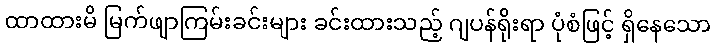
ထာထားမိ မြက်ဖျာကြမ်းခင်းများ ခင်းထားသည့် ဂျပန်ရိုးရာ ပုံစံဖြင့် ရှိနေသော